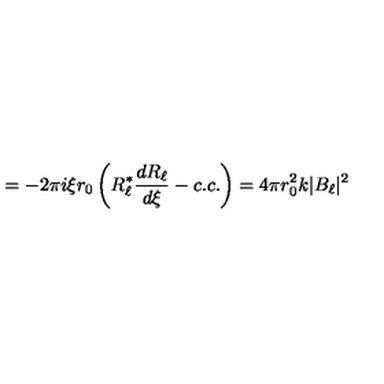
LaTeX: = - 2 \pi i \xi r _ { 0 } \left( R _ { \ell } ^ { \ast } { \frac { d R _ { \ell } } { d \xi } } - c . c . \right) = 4 \pi r _ { 0 } ^ { 2 } k | B _ { \ell } | ^ { 2 }